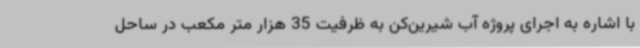
با اشاره به اجرای پروژه آب شیرین‌کن به ظرفیت 35 هزار متر مکعب در ساحل